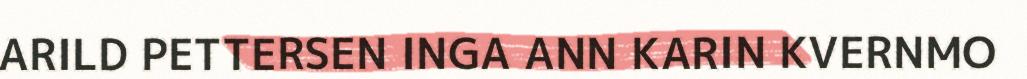
ARILD PETTERSEN INGA ANN KARIN KVERNMO